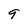
Character: 9